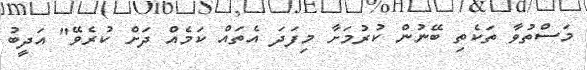
މަސްތުވާ ތަކެތި ބޭނުން ކުރުމަށާ މިފަދަ އެތައް ކަމެއް ދަށް ކުރެވޭ" އަދީބު